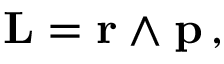
\mathbf { L } = \mathbf { r } \wedge \mathbf { p } \, ,